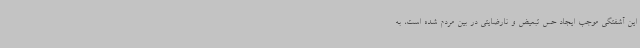
این آشفتگی موجب ایجاد حس تبعیض و نارضایتی در بین مردم شده است، به